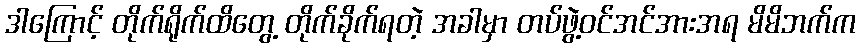
ဒါကြောင့် တိုက်ရိုက်ထိတွေ့ တိုက်ခိုက်ရတဲ့ အခါမှာ တပ်ဖွဲ့ဝင်အင်အားအရ မိမိဘက်က